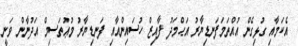
އެކަމާއި ގުޅިގެން އުއްތަމަފަނޑިޔާރު އަޙްމަދު ފާއިޒް ހުސައިންއާއި ފަނޑިޔާރު މުޢުތަސިމް އަދުނާން ވަނީ